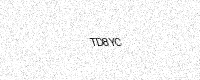
Text: TD8YC